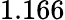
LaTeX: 1.166